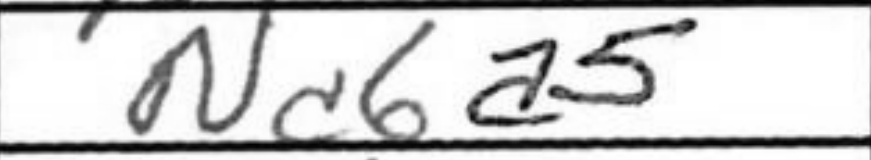
Transcription: Nc6a5